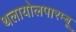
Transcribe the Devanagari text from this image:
थलायोलपारम्बू